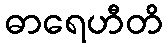
ဓာရေဟီတိ